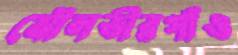
মৌলভীরগাঁও